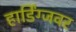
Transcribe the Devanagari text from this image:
हार्डिंग्जवर